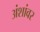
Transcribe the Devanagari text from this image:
अंशांवर